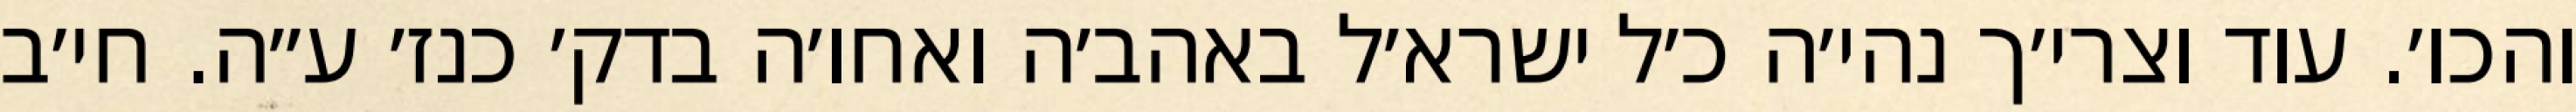
והכו׳. עוד וצרי׳ך נהי׳ה כ׳ל ישרא׳ל באהב׳ה ואחו׳ה בדק׳ כנז׳ ע״ה. חי׳ב